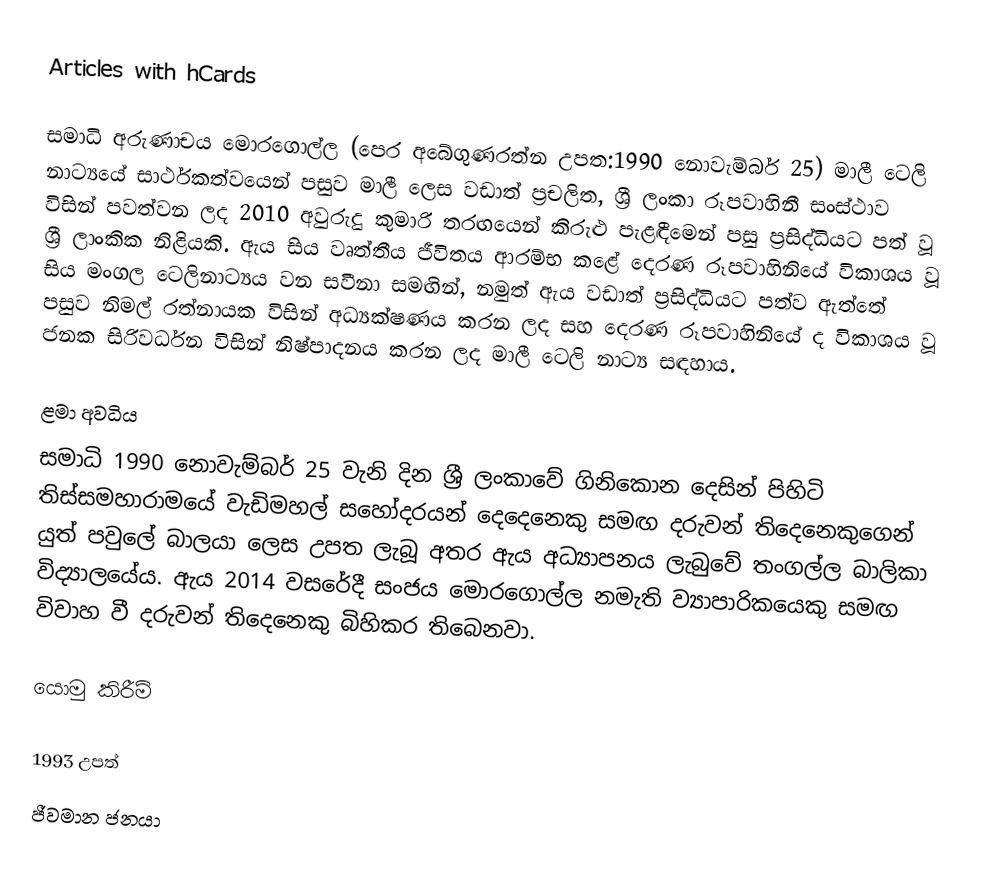
Articles with hCards

සමාධි අරුණාචය මොරගොල්ල (පෙර අබේගුණරත්න උපත:1990 නොවැම්බර් 25) මාලී ටෙලි නාට්‍යයේ සාර්ථකත්වයෙන් පසුව මාලී  ලෙස වඩාත් ප්‍රචලිත, ශ්‍රී ලංකා රූපවාහිනී සංස්ථාව විසින් පවත්වන ලද 2010 අවුරුදු කුමාරි තරඟයෙන් කිරුළු පැළඳීමෙන් පසු ප්‍රසිද්ධියට පත් වූ ශ්‍රී ලාංකික නිළියකි. ඇය සිය වෘත්තීය ජීවිතය ආරම්භ කළේ දෙරණ රූපවාහිනියේ විකාශය වූ සිය මංගල ටෙලිනාට්‍යය වන සවීනා සමඟින්, නමුත් ඇය වඩාත් ප්‍රසිද්ධියට පත්ව ඇත්තේ පසුව නිමල් රත්නායක විසින් අධ්‍යක්ෂණය කරන ලද සහ දෙරණ රූපවාහිනියේ ද විකාශය වූ ජනක සිරිවර්ධන විසින් නිෂ්පාදනය කරන ලද මාලී ටෙලි නාට්‍ය සඳහාය.

ළමා අවධිය
සමාධි 1990 නොවැම්බර් 25 වැනි දින ශ්‍රී ලංකාවේ ගිනිකොන දෙසින් පිහිටි තිස්සමහාරාමයේ වැඩිමහල් සහෝදරයන් දෙදෙනෙකු සමඟ දරුවන් තිදෙනෙකුගෙන් යුත් පවුලේ බාලයා ලෙස උපත ලැබූ අතර ඇය අධ්‍යාපනය ලැබුවේ තංගල්ල බාලිකා විද්‍යාලයේය. ඇය 2014 වසරේදී සංජය මොරගොල්ල නමැති ව්‍යාපාරිකයෙකු සමඟ විවාහ වී දරුවන් තිදෙනෙකු බිහිකර තිබෙනවා.

යොමු කිරීම්

1993 උපත්
ජීවමාන ජනයා